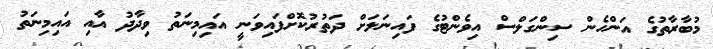
މުބާރާތުގެ އަންހެން ސިންގަލްސް އިވެންޓުގެ ފައިނަލަށް ދަތުރުކޮށްފައިވަނީ އައިމިނަތު ވިދާދު އާއި އައިމިނަތު